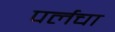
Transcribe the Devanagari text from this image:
पर्लचा